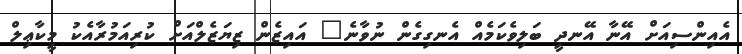
އެއިންސިއަށް އޭނާ އޭނދީ ބަލިވެކަމެއް އެނގިގެން ނުވާނެ" އައިޒެން ޒިޔަޒެލްއަށް ކުރިއަމުރާއެކު މީކާޢިލް